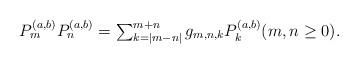
LaTeX: \begin{align*}\textstyle P_m^{(a,b)}P_n^{(a,b)}= \sum_{k=|m-n|}^{m+n} g_{m,n,k}P_k^{(a,b)} (m,n\ge0). \end{align*}